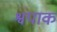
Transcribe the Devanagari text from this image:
श्वपाक